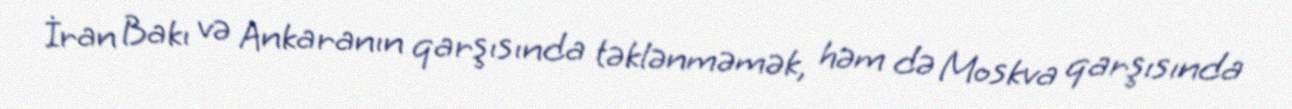
İran Bakı və Ankaranın qarşısında təklənməmək, həm də Moskva qarşısında